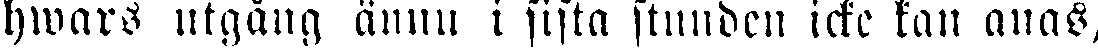
hwars utgång ännu i sista stunden icke kan anas,